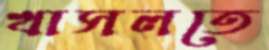
খাসলতে